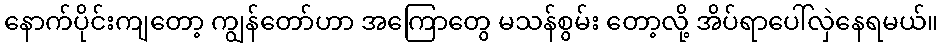
နောက်ပိုင်းကျတော့ ကျွန်တော်ဟာ အကြောတွေ မသန်စွမ်း တော့လို့ အိပ်ရာပေါ်လှဲနေရမယ်။